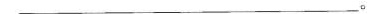
___。